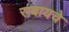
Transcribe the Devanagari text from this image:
राबायचे